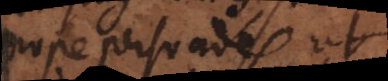
Prope persuades ut